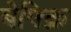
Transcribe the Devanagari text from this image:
बेफ्क्रि